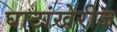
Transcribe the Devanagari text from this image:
घाटांखेरीज